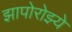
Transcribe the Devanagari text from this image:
झापोरोझ्ये